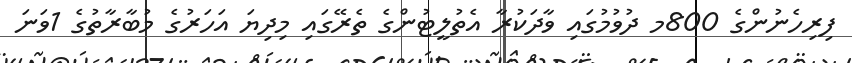
ފިރިހެނުންގެ 800މ ދުވުމުގައި ވާދަކުރާ އެތުލީޓުންގެ ތެރޭގައި މިދިޔަ އަހަރުގެ މުބާރާތުގެ 1ވަނަ